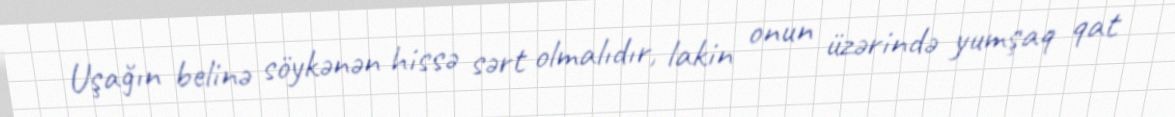
Uşağın belinə söykənən hissə sərt olmalıdır, lakin onun üzərində yumşaq qat